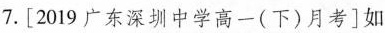
7.[2019广东深圳中学高一(下)月考]如